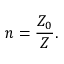
n = { \frac { Z _ { 0 } } { Z } } .